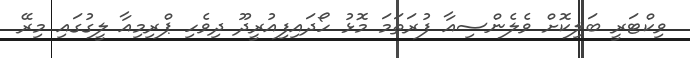
ވިކްޓަރީ ބަލިކޮށް ވެލެންސިއާ ފުރަތަމަ މޮޅު ހޯދައިފިއުރީދޫ ދިވެހި ޕްރިމިއާ ލީގުގައި މިރޭ